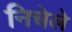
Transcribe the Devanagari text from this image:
निचेले